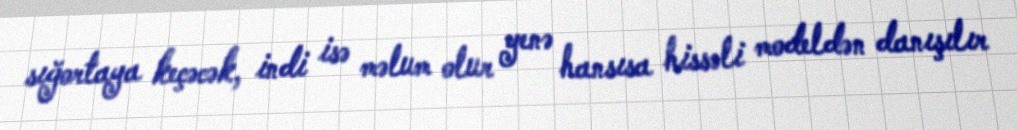
sığortaya keçəcək, indi isə məlum olur yenə hansısa hissəli modeldən danışılır